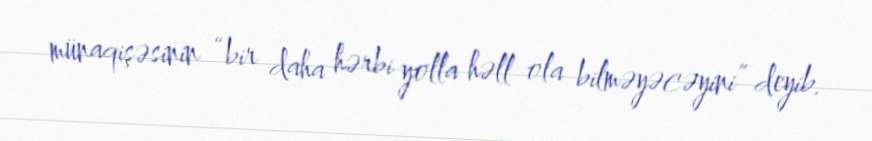
münaqişəsinin “bir daha hərbi yolla həll ola bilməyəcəyini” deyib.